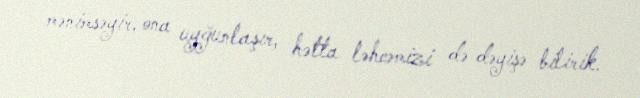
mənimsəyir, ona uyğunlaşır, hətta ləhcəmizi də dəyişə bilirik.